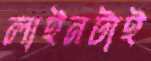
লাইনটাই